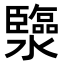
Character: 𤄈